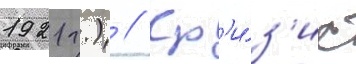
1921 г.) // Кр'и́з'ис